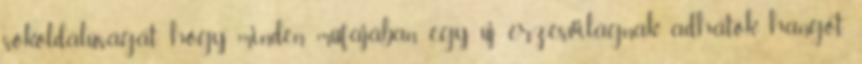
sokoldalúságát, hogy minden műfajában egy új érzésvilágnak adhatok hangot.